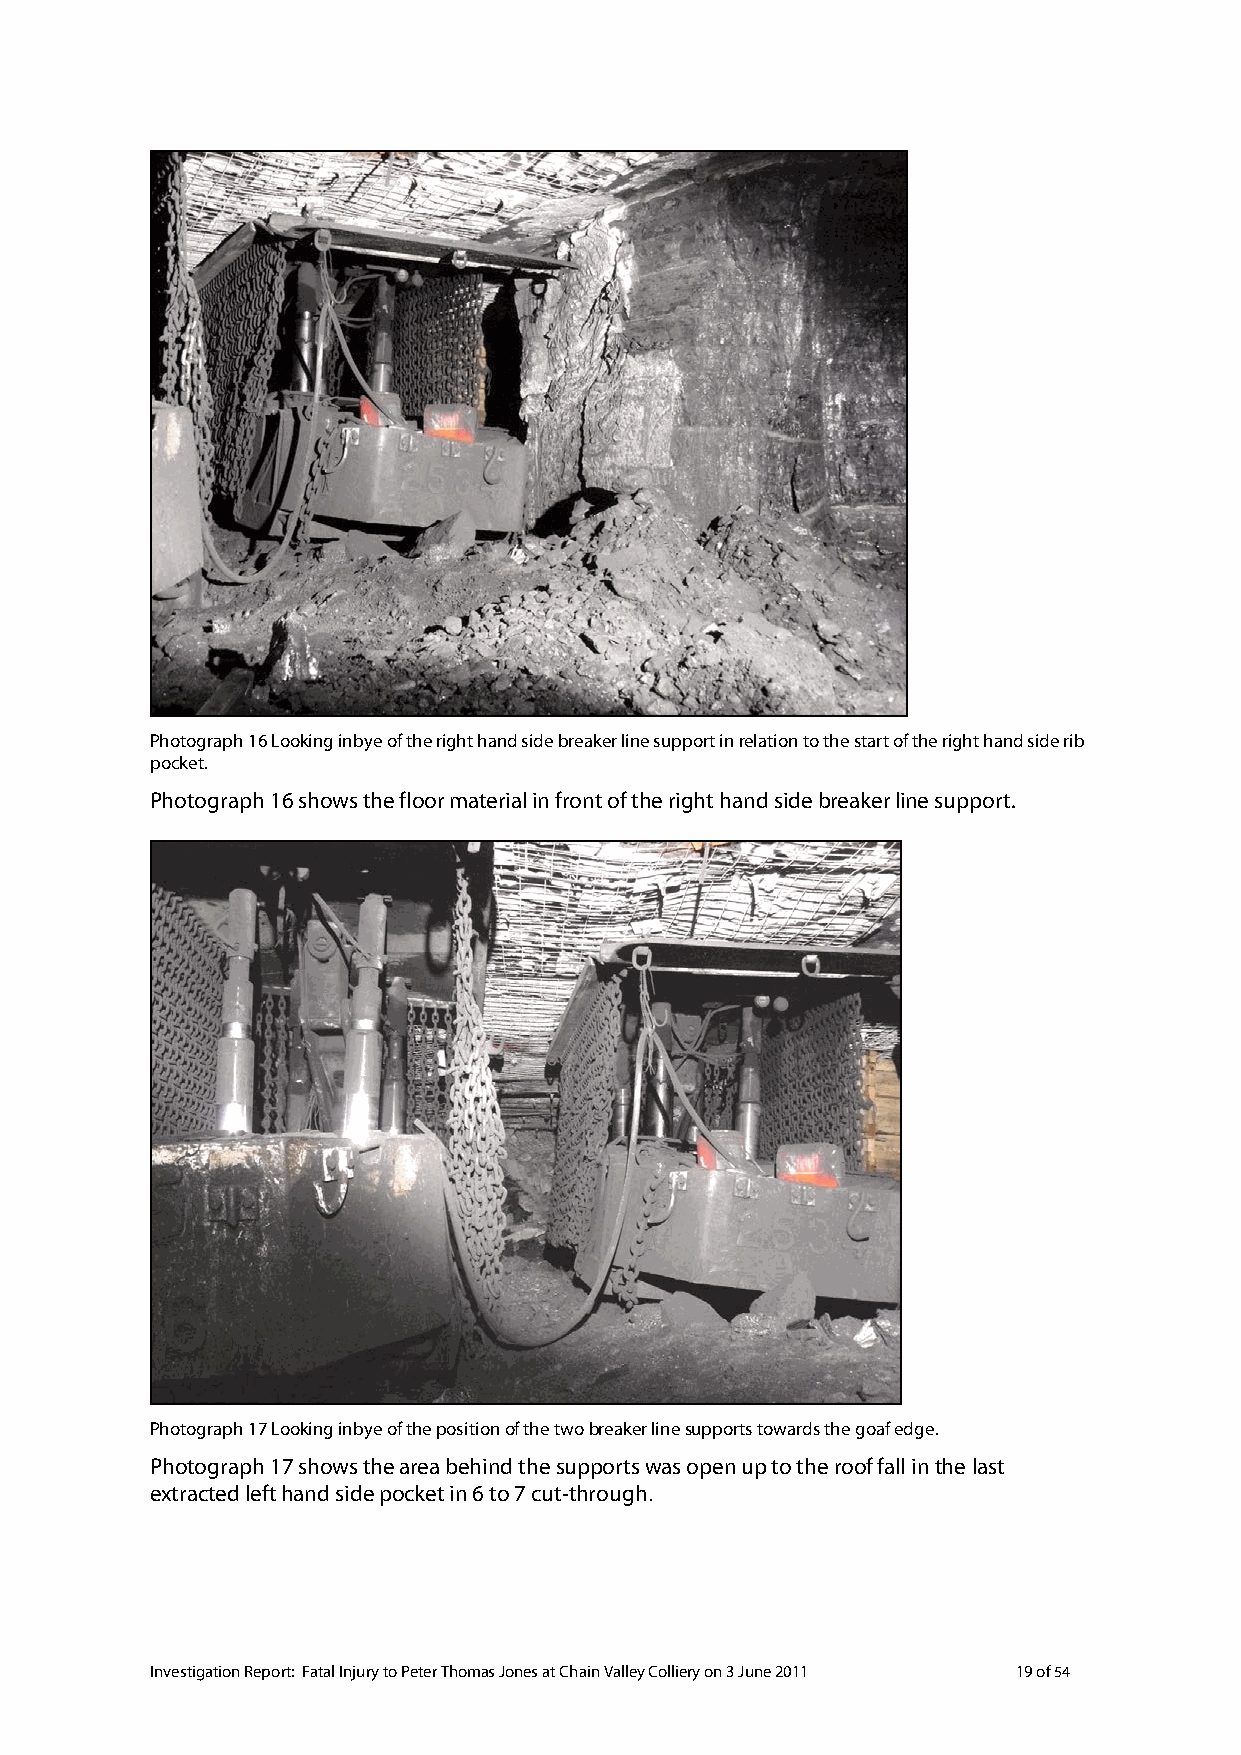
Photograph 16 Looking inbye of the right hand side breaker line support in relation to the start of the right hand side rib
 pocket.
 Photograph 16 shows the floor material in front of the right hand side breaker line support.
 Photograph 17 Looking inbye of the position of the two breaker line supports towards the goaf edge.
 Photograph 17 shows the area behind the supports was open up to the roof fall in the last
 extracted left hand side pocket in 6 to 7 cut-through.
 Investigation Report: Fatal Injury to Peter Thomas Jones at Chain Valley Colliery on 3 June 2011 19 of 54